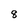
Character: 8